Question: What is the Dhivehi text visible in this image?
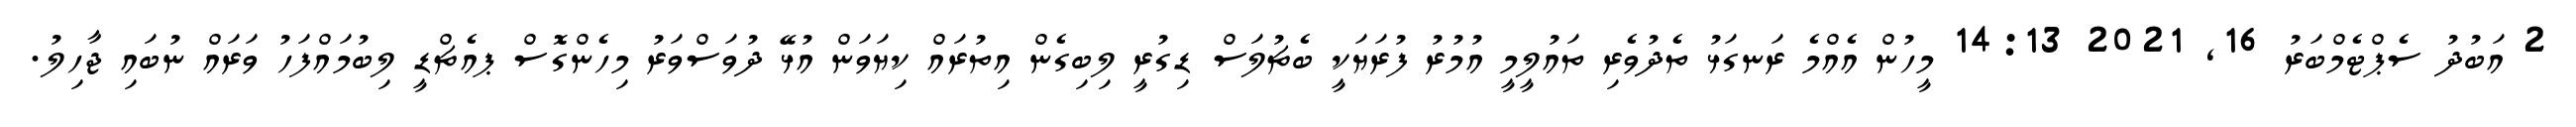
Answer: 2 އަބުދު ސެޕްޓެމްބަރު 16, 2021 14:13 މީހުން އެއްމެ ރަނގަޅު ތެދުވެރި ތައުލީމީ އުމުރު ފުރަޔަކީ ބެޗުލަސް ޑިގުރީ ލިބިގެން އިތުރައް ކިޔަވަން އުޅޭ ދުވަސްވަރު މިހެންގޮސް ޕއެޗްޑީ ލިބުމައްފަހު ވަރައް ނުބައި ޖާހިލު.